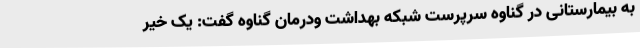
به بیمارستانی در گناوه سرپرست شبکه بهداشت ودرمان گناوه گفت: یک خیر